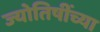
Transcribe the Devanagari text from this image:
ज्योतिषींच्या